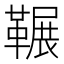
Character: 𮧥